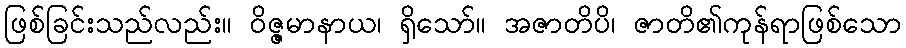
ဖြစ်ခြင်းသည်လည်း။ ဝိဇ္ဇမာနာယ၊ ရှိသော်။ အဇာတိပိ၊ ဇာတိ၏ကုန်ရာဖြစ်သော